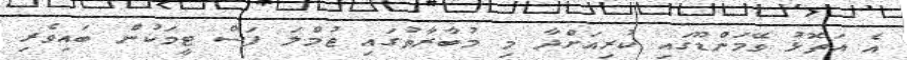
އެ އަތޮޅު ވޭމަންޑޫގައި ކުރިއަށްދާ މި މުބާރާތުގައި ޖުމްލަ ފަސް ޓީމަކުން ބައިވެރި